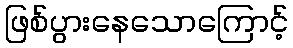
ဖြစ်ပွားနေသောကြောင့်